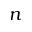
n